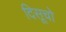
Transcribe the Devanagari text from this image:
दिसूचो